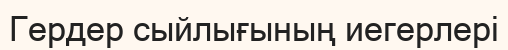
Гердер сыйлығының иегерлері